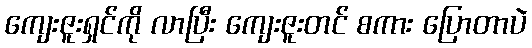
ကျေးဇူးရှင်ကို လာပြီး ကျေးဇူးတင် စကား ပြောတာပဲ